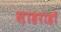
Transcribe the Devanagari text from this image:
स़ाहराहों